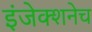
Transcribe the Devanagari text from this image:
इंजेक्शनेच